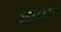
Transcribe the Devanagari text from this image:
छोटे।